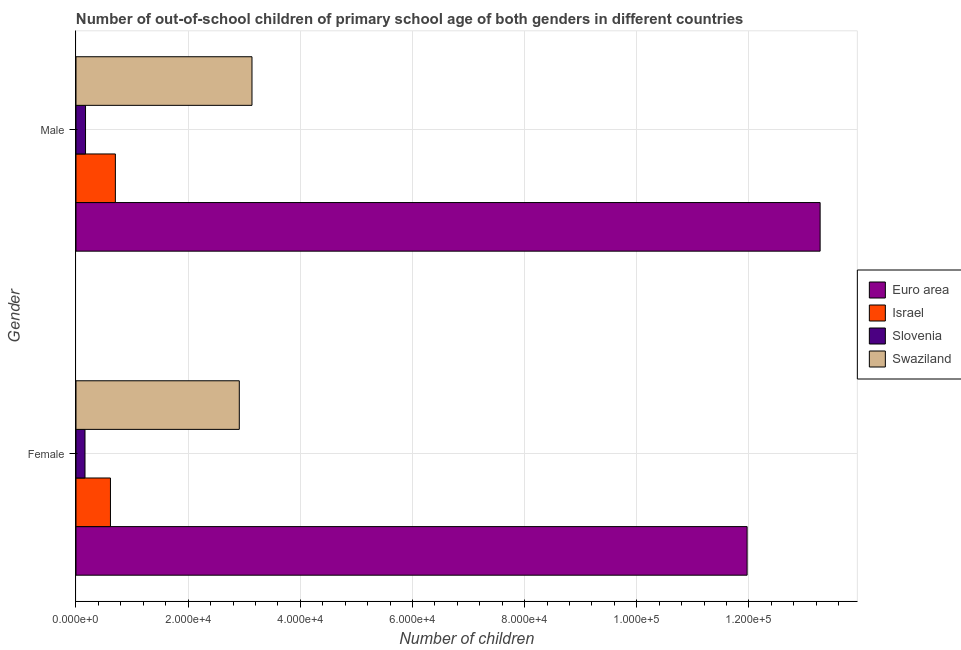
| Gender | Euro area | Israel | Slovenia | Swaziland |
 | --- | --- | --- | --- | --- |
 | Female | 1.2e+05 | 6.14e+03 | 1.61e+03 | 2.91e+04 |
 | Male | 1.33e+05 | 7.02e+03 | 1.7e+03 | 3.14e+04 |